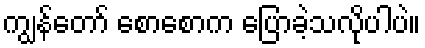
ကျွန်တော် စောစောက ပြောခဲ့သလိုပါပဲ။